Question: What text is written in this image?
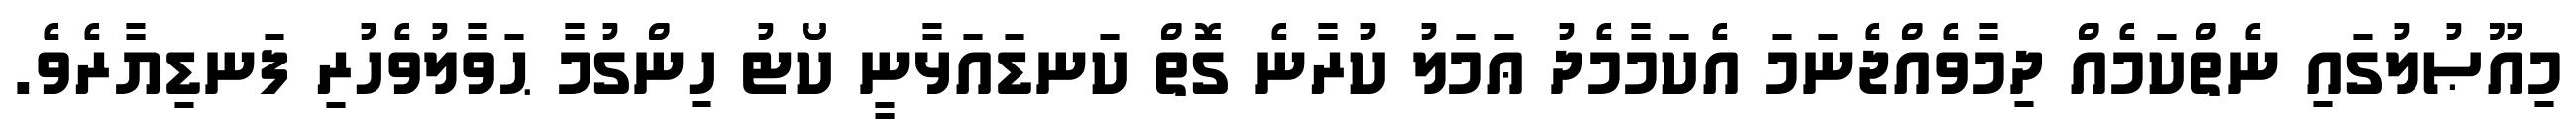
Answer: މިއޫޞުލުގައި ނެތްކަމެއް ދިމާވެއްޖެނަމަ އެކަމާމެދު ޢަމަލު ކުރާނެ ގޮތް ކަނޑައަޅާނީ ކޯޓު ހިންގުމާ ޙަވާލުވެހުރި ފަނޑިޔާރެވެ.